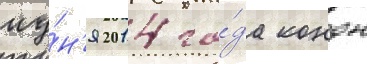
иу́н'я 2014 го́да кондон